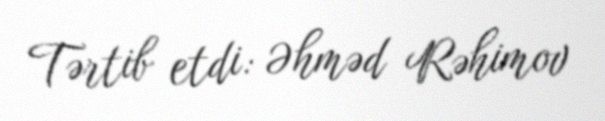
Tərtib etdi: Əhməd Rəhimov